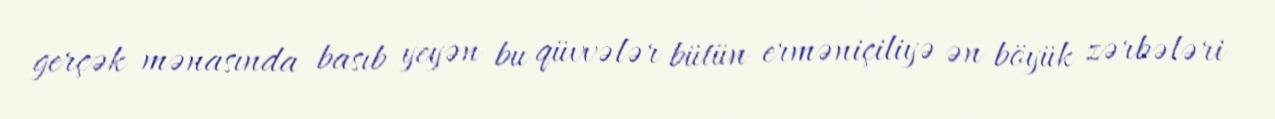
gerçək mənasında basıb yeyən bu qüvvələr bütün erməniçiliyə ən böyük zərbələri